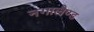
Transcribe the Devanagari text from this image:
नगालैण्ड